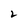
Character: 2